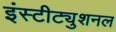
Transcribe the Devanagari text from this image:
इंस्टीट्युशनल